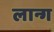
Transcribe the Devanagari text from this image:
लान्ग